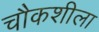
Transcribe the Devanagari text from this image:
चौकशीला